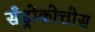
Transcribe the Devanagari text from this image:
सँड्रोकोत्तोस